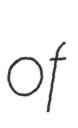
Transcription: of